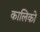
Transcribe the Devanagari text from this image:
कालिको